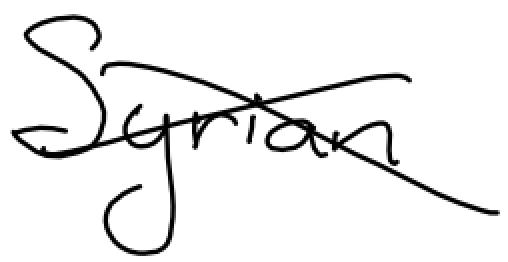
Text: Syrian
Cross-out: cross
Writing tool: digital_black